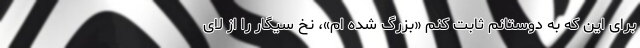
برای این که به دوستانم ثابت کنم «بزرگ شده ام»، نخ سیگار را از لای